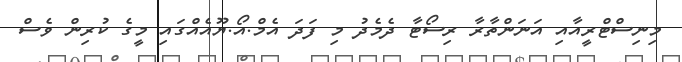
މިނިސްޓްރީއާއި އަނަންތާރާ ރިސޯޓާ ދެމެދު މި ފަދަ އެމް.އޯ.ޔޫއެއްގައި މީގެ ކުރިން ވެސް